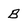
Character: B